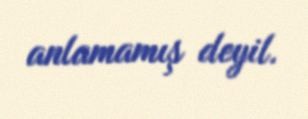
anlamamış deyil.